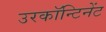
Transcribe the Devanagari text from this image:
उरकॉन्टिनेंट